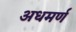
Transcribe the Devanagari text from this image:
अधमर्ण